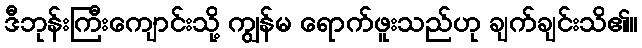
ဒီဘုန်းကြီးကျောင်းသို့ ကျွန်မ ရောက်ဖူးသည်ဟု ချက်ချင်းသိ၏။